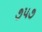
૭૫૭